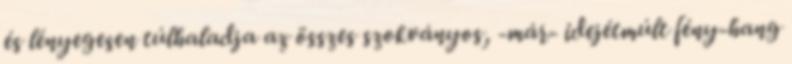
és lényegesen túlhaladja az összes szokványos, -már- idejétmúlt fény-hang